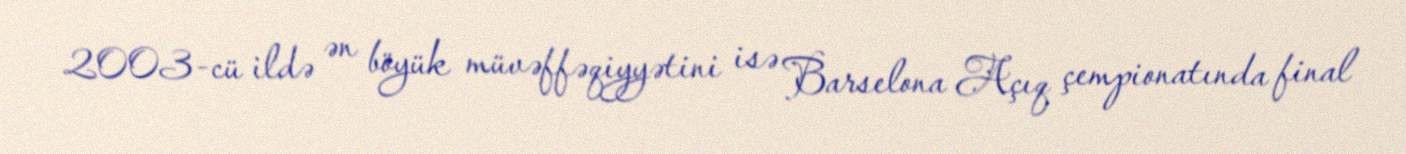
2003-cü ildə ən böyük müvəffəqiyyətini isə Barselona Açıq çempionatında final